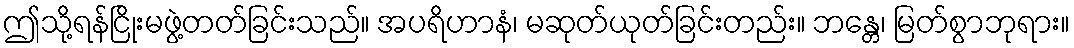
ဤသို့ရန်ငြိုးမဖွဲ့တတ်ခြင်းသည်။ အပရိဟာနံ၊ မဆုတ်ယုတ်ခြင်းတည်း။ ဘန္တေ၊ မြတ်စွာဘုရား။